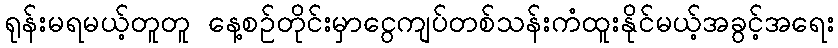
ရုန်းမရမယ့်တူတူ နေ့စဉ်တိုင်းမှာငွေကျပ်တစ်သန်းကံထူးနိုင်မယ့်အခွင့်အရေး